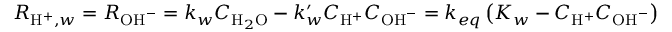
R _ { \mathrm { H } ^ { + } , w } = R _ { \mathrm { O H } ^ { - } } = k _ { w } C _ { \mathrm { H } _ { 2 } \mathrm { O } } - k _ { w } ^ { \prime } C _ { \mathrm { H } ^ { + } } C _ { \mathrm { O H } ^ { - } } = k _ { e q } \left( K _ { w } - C _ { \mathrm { H } ^ { + } } C _ { \mathrm { O H } ^ { - } } \right)